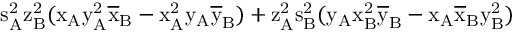
\mathrm { s _ { A } ^ { 2 } \mathrm { z _ { B } ^ { 2 } ( \mathrm { x _ { A } \mathrm { y _ { A } ^ { 2 } \mathrm { \overline { { x } } _ { B } - \mathrm { x _ { A } ^ { 2 } \mathrm { y _ { A } \mathrm { \overline { { y } } _ { B } ) + \mathrm { z _ { A } ^ { 2 } \mathrm { s _ { B } ^ { 2 } ( \mathrm { y _ { A } \mathrm { x _ { B } ^ { 2 } \mathrm { \overline { { y } } _ { B } - \mathrm { x _ { A } \mathrm { \overline { { x } } _ { B } \mathrm { y _ { B } ^ { 2 } ) } } } } } } } } } } } } } } } }